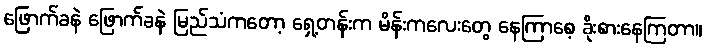
ဖြောက်ခနဲ ဖြောက်ခနဲ မြည်သံကတော့ ရှေ့တန်းက မိန်းကလေးတွေ နေကြာစေ့ ခိုးစားနေကြတာ။